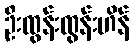
ဦးထွန်းထွန်းဟိန်